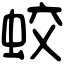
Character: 蛟